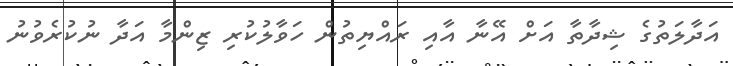
އަދާލަތުގެ ޝިދާތާ އަށް އޭނާ އާއި ރައްޔިތުން ހަވާލުކުރި ޒިންމާ އަދާ ނުކުރެވުނު